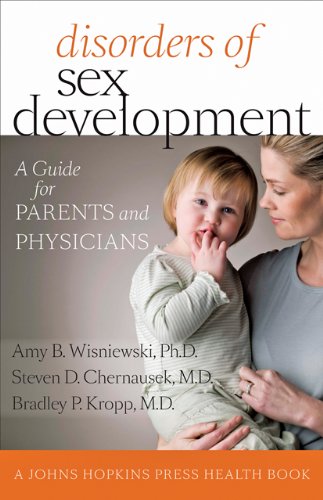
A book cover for Disorders of Sex Development: A Guide for Parents and Physicians (A Johns Hopkins Press Health Book); Amy B. Wisniewski; Health, Fitness & Dieting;